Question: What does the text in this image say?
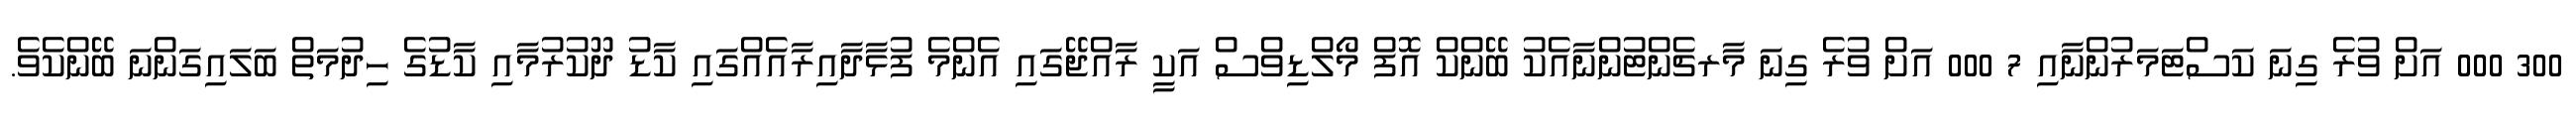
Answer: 300 000 އަށް ވުރެ ގިނަ ކަސްޓަމަރުންނާއި 7 000 އަށް ވުރެ ގިނަ މާރޗެންޓުންނާއެކު ބޭންކް އޮފް މޯލްޑިވްސް އަކީ ރާއްޖޭގައި އެންމެ ފުޅާދާއިރާއެއްގައި ކާޑު ދޫކުރުމާއި ކާޑުގެ ހިދުމަތް ބަލައިގަންނަ ބޭންކެވެ.